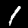
Label: 1